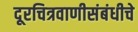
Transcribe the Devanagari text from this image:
दूरचित्रवाणीसंबंधीचे